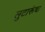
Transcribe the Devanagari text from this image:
लुटारूंचा